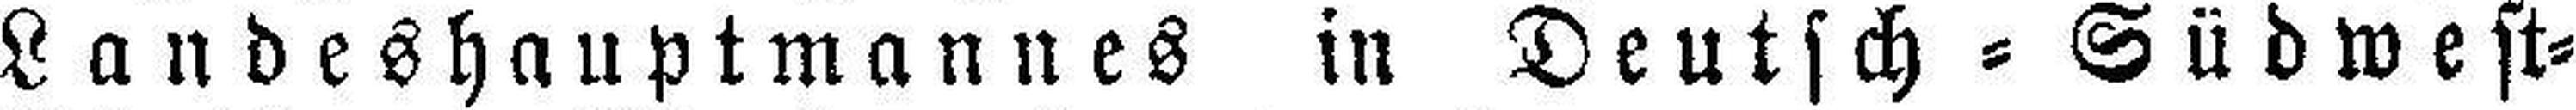
Landeshauptmannes in Deutsch=Südwest=